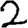
Digit: 2